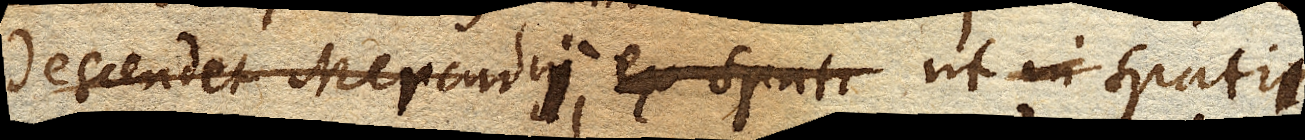
descendet Mercurius, ut in spatio